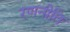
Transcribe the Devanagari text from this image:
रणनीति